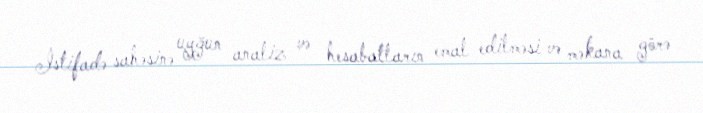
İstifadə sahəsinə uyğun analiz və hesabatların emal edilməsi və məkana görə